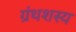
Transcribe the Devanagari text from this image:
ग्रंथशस्य